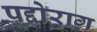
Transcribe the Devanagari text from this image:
पद्दोराग